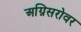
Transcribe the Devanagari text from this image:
अग्निसरोवर